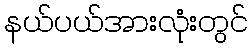
နယ်ပယ်အားလုံးတွင်